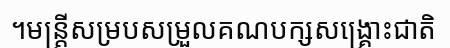
។មន្ត្រីសម្របសម្រួលគណបក្សសង្គ្រោះជាតិ